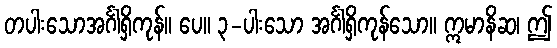
တပါးသောအင်္ဂါရှိကုန်။ ပေ။ ၃-ပါးသော အင်္ဂါရှိကုန်သော။ ဣမာနိဆ၊ ဤ